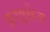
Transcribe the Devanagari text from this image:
क्राइबेज